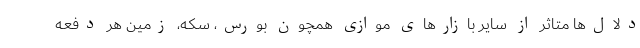
دلال‌ها متاثر از سایر بازارهای موازی همچون بورس، سکه، زمین هر دفعه